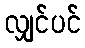
လျှင်ပင်